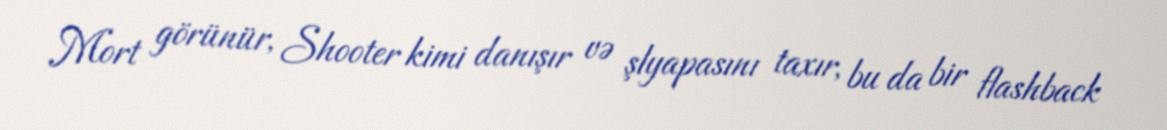
Mort görünür, Shooter kimi danışır və şlyapasını taxır, bu da bir flashback